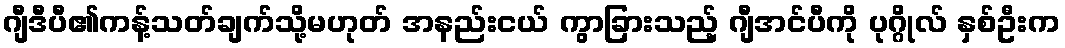
ဂျီဒီပီ၏ကန့်သတ်ချက်သို့မဟုတ် အနည်းငယ် ကွာခြားသည့် ဂျီအင်ပီကို ပုဂ္ဂိုလ် နှစ်ဦးက